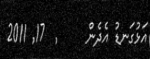
އަޅުގަނޑު އެދެން